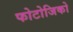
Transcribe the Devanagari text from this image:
फोटोजिको